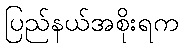
ပြည်နယ်အစိုးရက